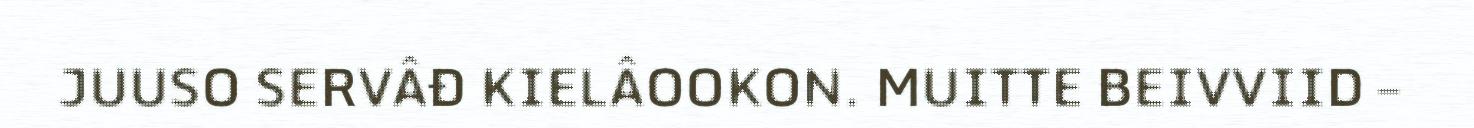
JUUSO SERVÂĐ KIELÂOOKON. MUITTE BEIVVIID –